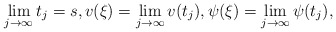
\begin{align*}\lim_{j\to\infty}t_j=s,v(\xi)=\lim_{j\to\infty}v(t_j),\psi(\xi)=\lim_{j\to\infty}\psi(t_j),\end{align*}